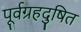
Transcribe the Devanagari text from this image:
पूर्वग्रहदुषित